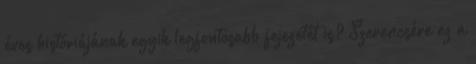
éves históriájának egyik legfontosabb fejezetét is? Szerencsére ez a